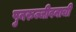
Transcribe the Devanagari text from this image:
पुनरुज्जीवनाची